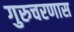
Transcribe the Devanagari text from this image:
गुरुचरणास